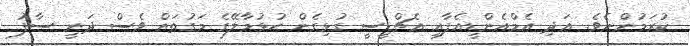
ކުރަމުންނެވެ. އަދި އެމްއެންޑީއެފާއި އެޗްޑީސީ ގުޅިގެން ހުޅުމާލޭގެ މަގުތައް ވެސް ދަނީ ސާފު